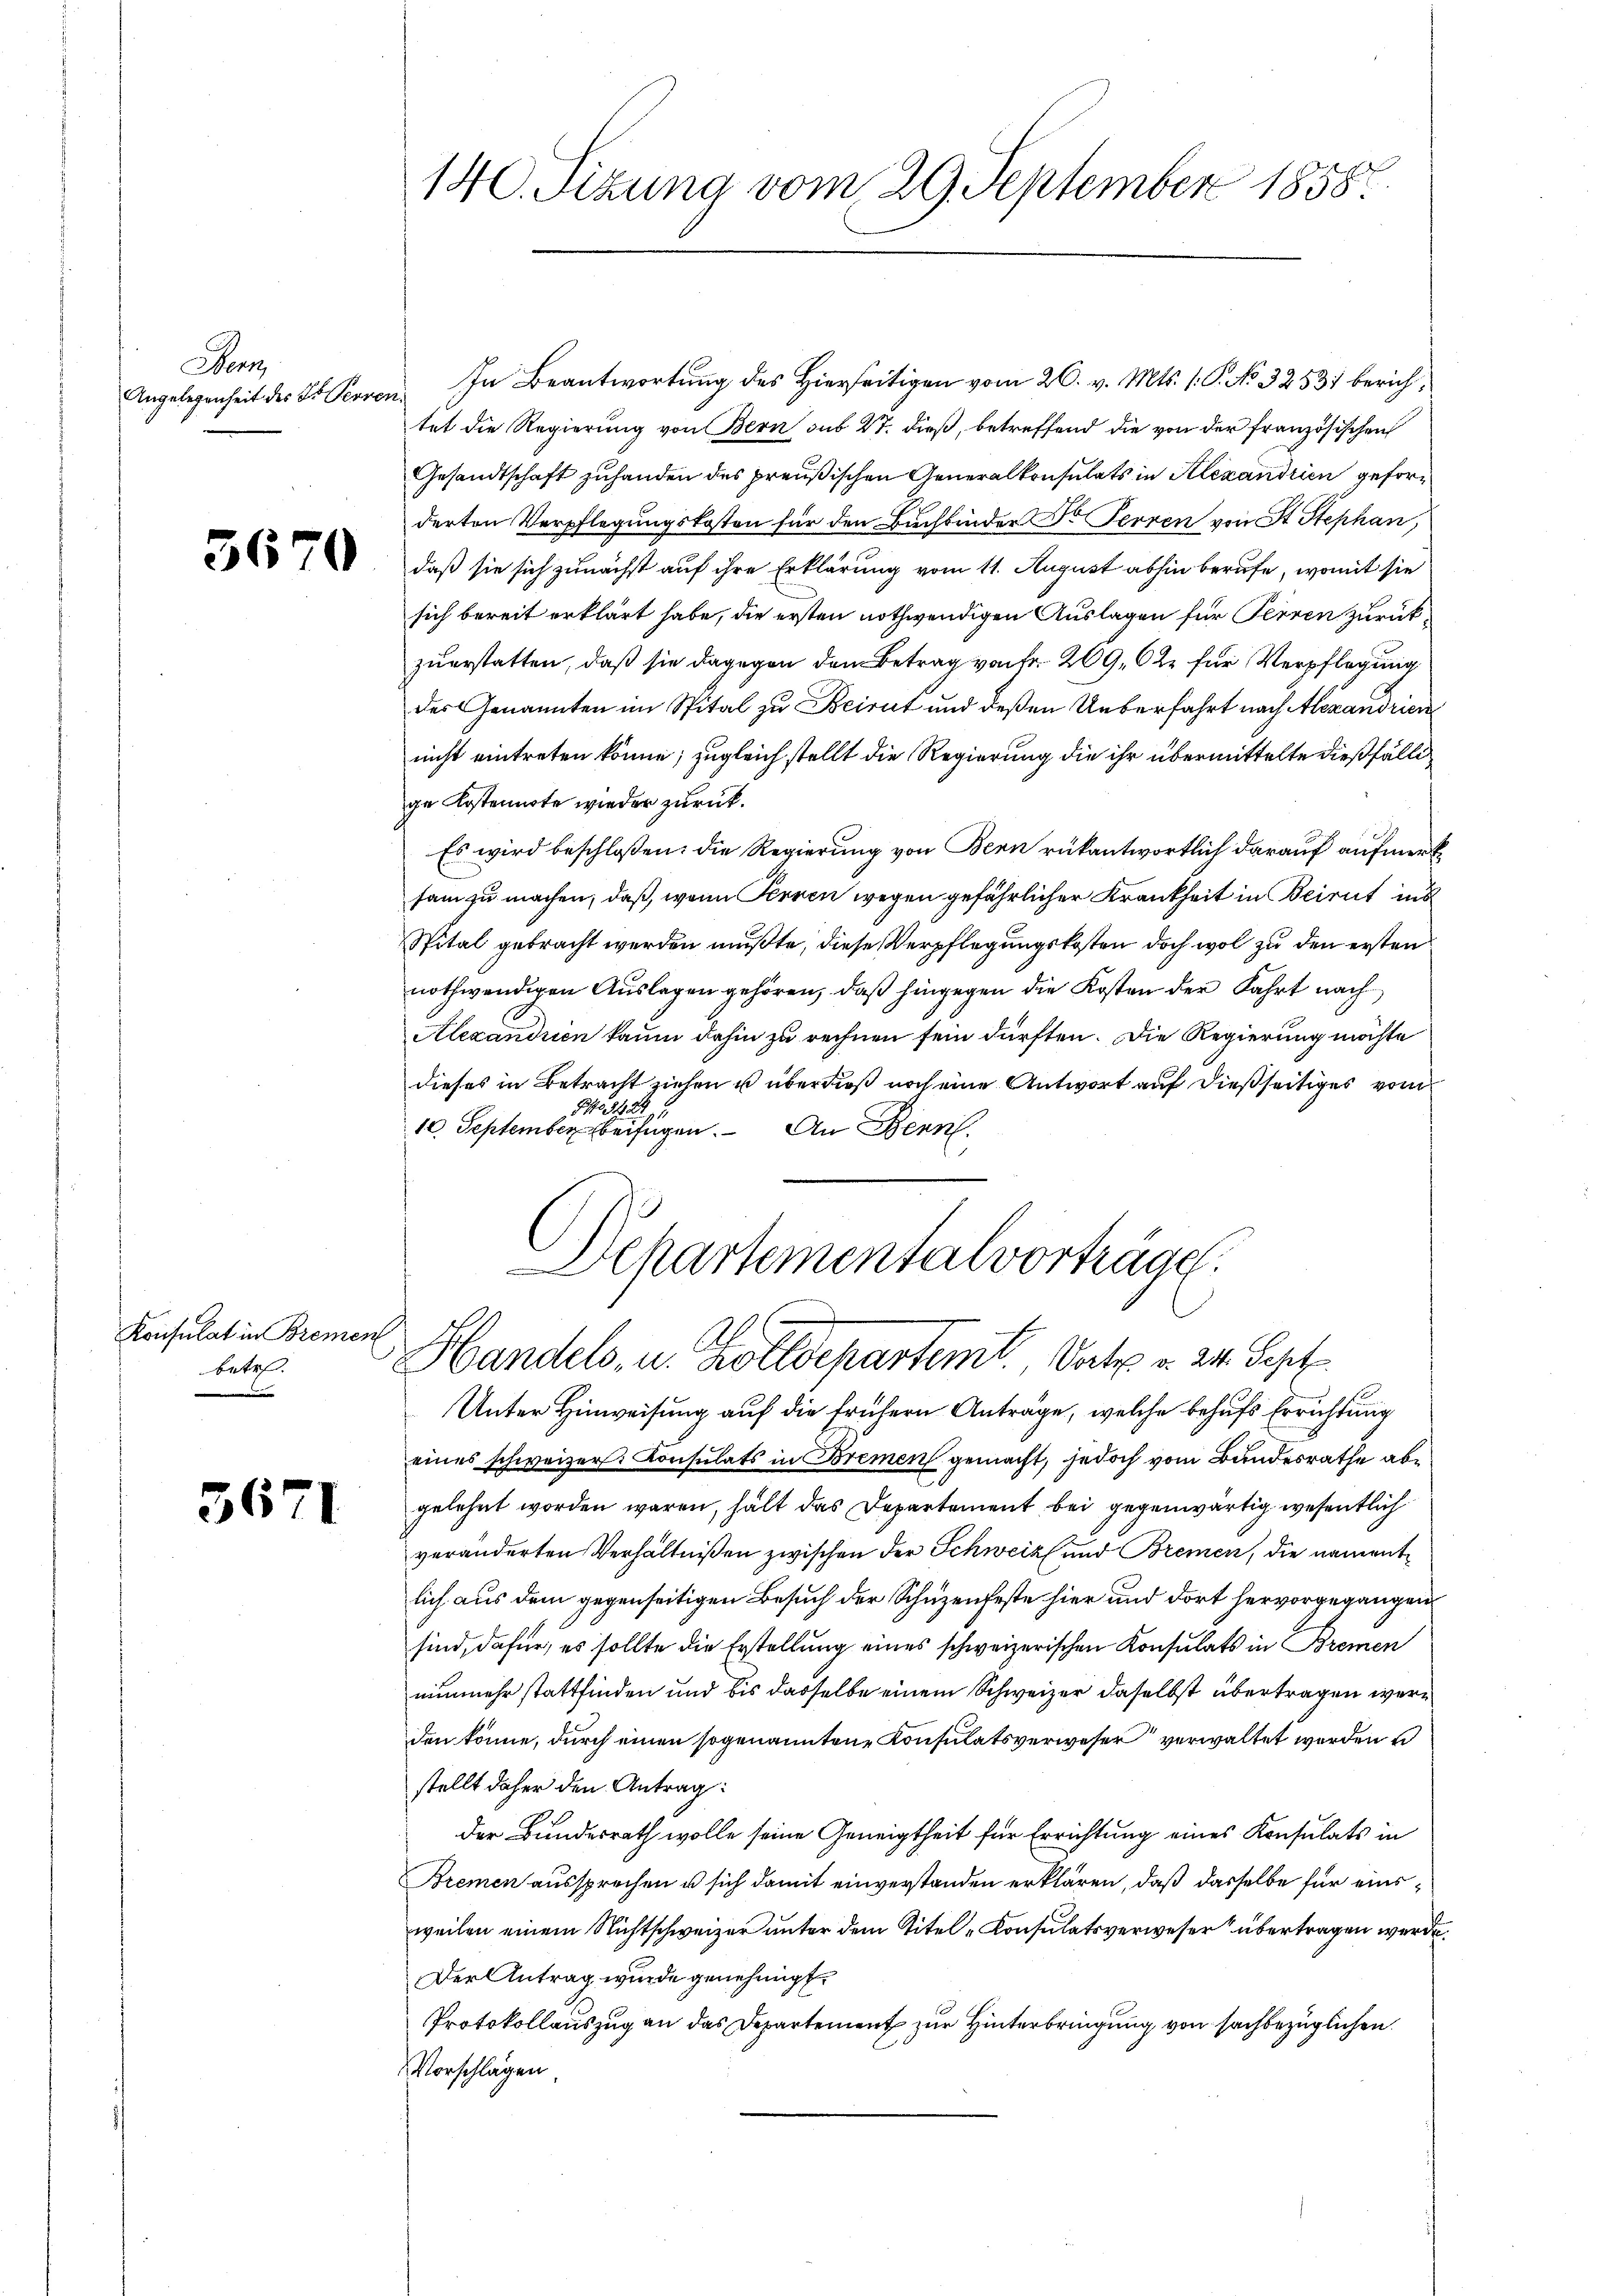
Han
Angelegenheit des St. Perren¬

5670

Konsulat in Breme,
betr.
n

3671

140. Sizung vom 29. September 1858.

In Beantwortung des Hierseitigen vom 26. v. Mts. 1. P. No. 32531 berichtet die Regierung von Bern sub 27. dieß, betreffend die von der französischen
Gesandtschaft zuhanden des preußischen Generalkonsulats in Alexandrien geforderten Verpflegungskosten für den Buchbinder Dr. Ferren von St. Stephan,
daß sie sich zunächst auf ihre Erklärung vom 11. August abhin berufe, womit sie
sich bereit erklärt habe, die ersten nothwendigen Auslagen für Perren zurückzuerstatten, daß sie dagegen dem Betrag von fr. 209. 62 für Verpflegung
der Genannten im Spital zu Beirut und deßen Ueberfahrt nach Alexandriere
nicht eintreten könne; zugleich stellt die Regierung die ihr übermittelte dießfällige Kostennote wieder zurück.
Es wird beschlossen: die Regierung von Bern rükantwortlich darauf aufmerksam zu machen, daß, wenn Perren wegen gefährlicher Krankheit in Beirut ins
Spital gebracht werden mußte, diese Verpflegungskosten doch wol zu den ersten
nothwendigen Auslagen gehören, daß hingegen die Kosten der Fahrt nach
Alexandren kaum dahin zu rechnen sein dürften. Die Regierung möchte
dieses in Betracht ziehen u überdieß noch eine Antwort auf dießseitiges vom
So 424
10. September beifügen. An Benn
Schartemental vorträge.
E
d

Handels- u. Zolldepartent. Vorte v. 24. Sept.

Unter Hinweisung auf die frühern Anträge, welche behufs Errichtung
eines schweizer. Konsulats in Bremen gemacht, jedoch vom Bundesrathe abgelehnt worden waren, halt das Departement bei gegenwärtig wesentlich
veränderten Verhältnißen zwischen der Schweiz und Bremen, die namentlich aus dem gegenseitigen Besuch der Schuzenfeste hier und dort hervorgegangen
sind, dafür, es sollte die Erstellung eines schweizerischen Konsulats in Bremen
nunmehr stattfinden und bis dasselbe einem Schweizer daselbst übertragen werden könne, durch einen sogenanntene Konsulatsverweser verwaltet werden
stellt daher den Antrag:
der Bundesrath wolle seine Geneigtheit für Errichtung eines Konsulats in
Bremen aussprechen u sich damit einverstanden erklären, daß dasselbe für einsweilen einem Nichtschweizer unter dem Titel-Konsulatsverweser übertragen werde.
Der Antrag wurde genehmigt.
Protokollauszug an das Departement zur Hinterbringung von sachbezüglichen
Vorschlagen